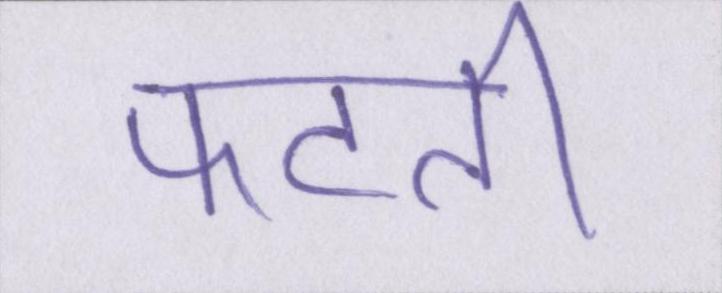
फटती